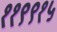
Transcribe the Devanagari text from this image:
११९९१५